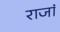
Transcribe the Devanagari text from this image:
राजां